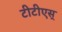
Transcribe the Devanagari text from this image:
टीटीएस्